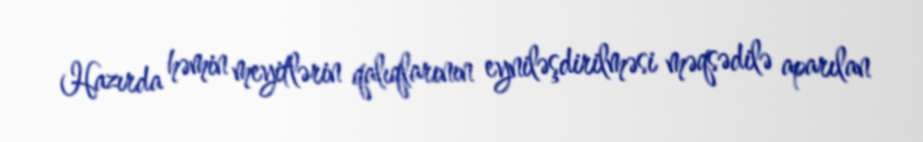
Hazırda həmin meyitlərin qalıqlarının eyniləşdirilməsi məqsədilə aparılan